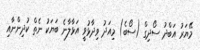
މޭޔަރު އަބްދު ސޯދިގް (ސޯބެ) މިއަދު ވިދާޅުވީ އަޅާލާނެ ބަޔަކު ނެތް ކުދިންނާއި